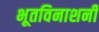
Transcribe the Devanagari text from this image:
भूतविनाशनी